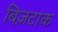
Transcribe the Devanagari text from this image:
बिज़टाक